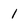
Character: 1